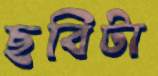
ছবিটা